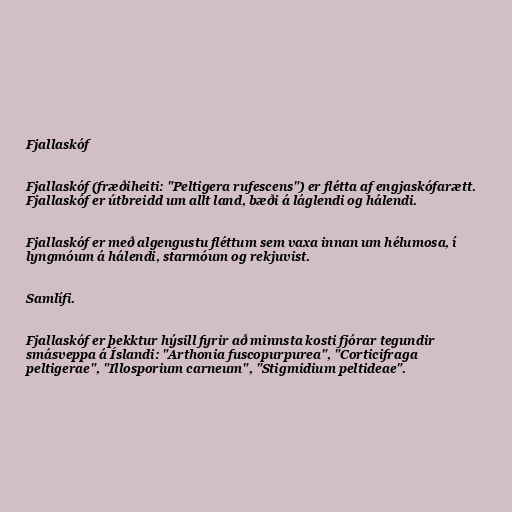
Fjallaskóf

Fjallaskóf (fræðiheiti: "Peltigera rufescens") er flétta af engjaskófarætt.
Fjallaskóf er útbreidd um allt land, bæði á láglendi og hálendi.

Fjallaskóf er með algengustu fléttum sem vaxa innan um hélumosa, í
lyngmóum á hálendi, starmóum og rekjuvist.

Samlífi.

Fjallaskóf er þekktur hýsill fyrir að minnsta kosti fjórar tegundir
smásveppa á Íslandi: "Arthonia fuscopurpurea", "Corticifraga
peltigerae", "Illosporium carneum", "Stigmidium peltideae".